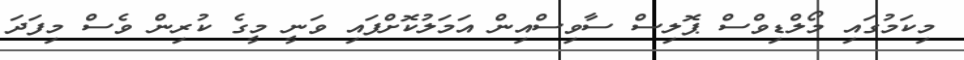
މިކަމުގައި މޯލްޑިވްސް ޕޮލިސް ސާވިސްއިން އަމަލުކޮށްފައި ވަނީ މީގެ ކުރިން ވެސް މިފަދަ